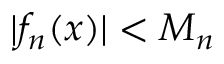
| f _ { n } ( x ) | < M _ { n }